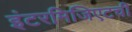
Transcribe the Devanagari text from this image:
इंटरमिजिएटची